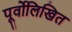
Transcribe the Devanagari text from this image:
पूर्वोलिखित